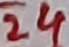
Text: 24